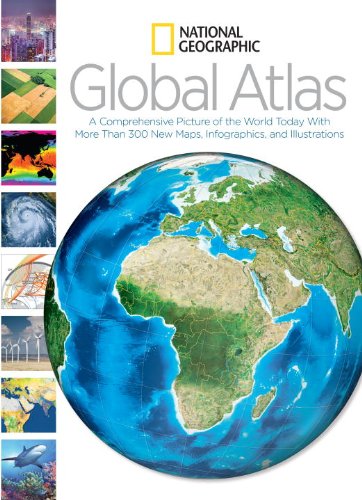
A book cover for National Geographic Global Atlas: A Comprehensive Picture of the World Today With More Than 300 New Maps, Infographics, and Illustrations; National Geographic; Reference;